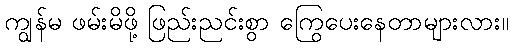
ကျွန်မ ဖမ်းမိဖို့ ဖြည်းညင်းစွာ ကြွေပေးနေတာများလား။